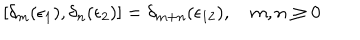
LaTeX: [ \delta _ { m } ( \epsilon _ { 1 } ) , \delta _ { n } ( \epsilon _ { 2 } ) ] = \delta _ { m + n } ( \epsilon _ { 1 2 } ) , \quad m , n \geq 0